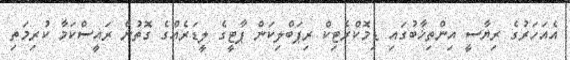
އެއަހަރުގެ ރިޔާސީ އިންތިޚާބުގައި ޑިމޮކްރެޓިކް ރިޕަބްލިކަން ޕާޓީގެ ލީޑަރެއްގެ ގޮތުން ރައީސްކަމާ ކުރިމަތި